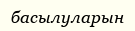
басылуларын